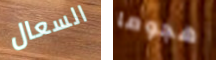
السعال هجوما